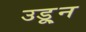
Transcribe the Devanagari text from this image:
उडू्न